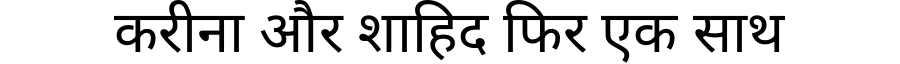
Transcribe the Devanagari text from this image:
करीना और शाहिद फिर एक साथ